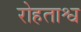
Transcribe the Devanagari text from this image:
रोहताश्व